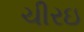
ચીરઇ